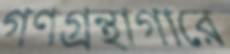
গণগ্রন্থাগারে